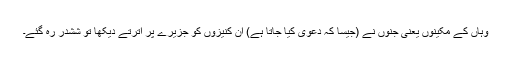
وہاں کے مکینوں یعنی جِنوں نے (جیسا کہ دعوی کیا جاتا ہے) ان کنیزوں کو جزیرے پر اُترتے دیکھا تو ششدر رہ گئے۔